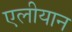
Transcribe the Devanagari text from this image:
एलीयान